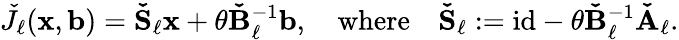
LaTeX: \begin{array}{r}{\check{J}_{\ell}(\boldsymbol{\mathbf{x}},\boldsymbol{\mathbf{b}})=\boldsymbol{\mathbf{\check{S}}}_{\ell}\boldsymbol{\mathbf{x}}+\theta\boldsymbol{\mathbf{\check{B}}}_{\ell}^{-1}\boldsymbol{\mathbf{b}},\quad\mathrm{where}\quad\boldsymbol{\mathbf{\check{S}}}_{\ell}:=\mathrm{id}-\theta\boldsymbol{\mathbf{\check{B}}}_{\ell}^{-1}\boldsymbol{\mathbf{\check{A}}}_{\ell}.}\end{array}